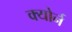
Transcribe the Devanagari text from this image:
क्योर्न